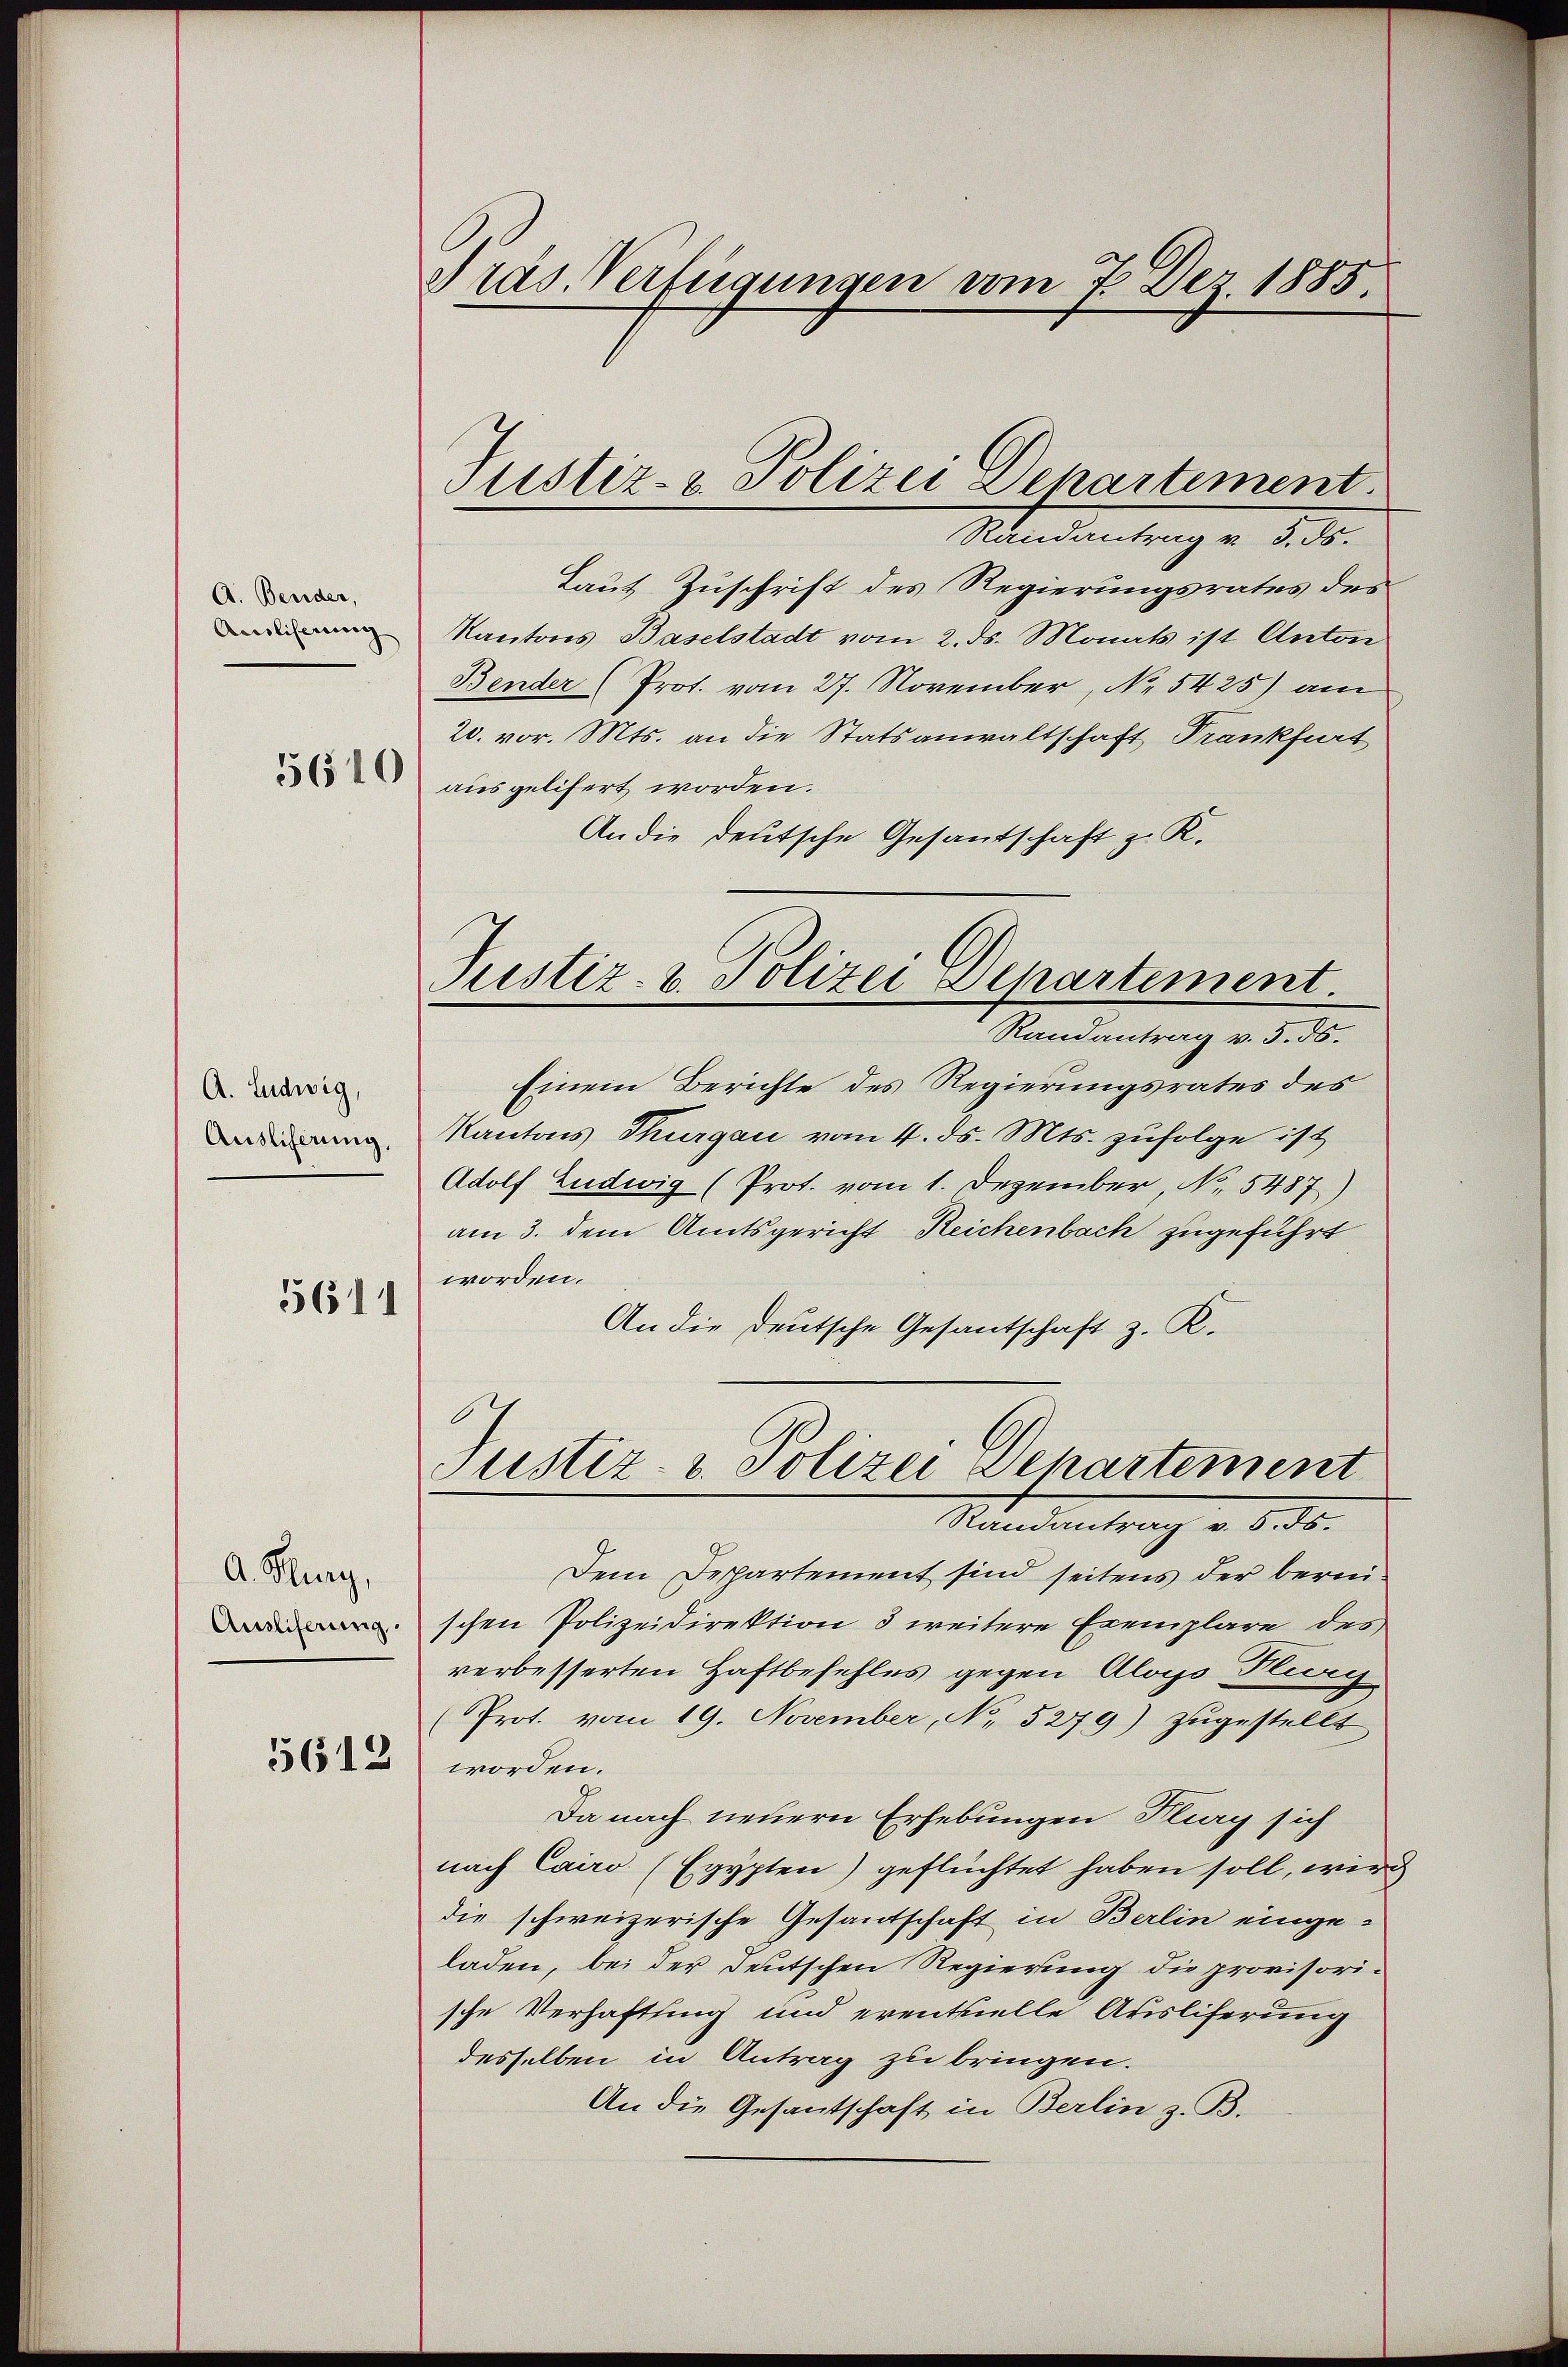
A. Beider,
Aisliserung

5610

A. Ludwig,
Ausliferung,
5611

A. Burg,
Ausliferung.
5612

Präs. Verfügungen vom 7. Dez. 1885.

Justiz- & Polizei Departement.
Randantrag v. 5. ds.

Justiz- u. Polizei Departement.

Laut Zuschrift des Regierungsrates des
Kantons Baselstadt vom 2. ds. Monats ist Anton
Bender (Prot. vom 27. November, No. 5425) am
20. vor. Mts. an die Statsanwaltschaft Frankfurt
aus gelifert worden.
An die deutsche Gesandtschaft z. K.
Randantrag v. 5. 55.
Einem Berichte des Regierungsrates des
Kantons Thurgau vom 4. ds. Mts. zufolge ist
Adolf Ludwig (Prot. vom 1. Dezember, N. 5487)
am 3. dem Amtsgericht Reichenbach zugeführt
worden.
An die Deutsche Gesantschaft z. K.
Justiz- u. Polizei Departement
Standentrag v. 6. d.
Dem Departement sind seitens der bereischen Polizeidirektion 3 weitere Exemplare des
verbesserten Haftbefehles gegen Aloys Flieg
(Prot. vom 19. November, No. 5279) zugestellt
worden.
Da nach neuern Erhebungen Kling sich
nach Cairo (Egypten) geflüchtet haben soll, wir
die schweizerische Gesantschaft in Berlin eingeladen, bei der Deutschen Regierung die provisorische Verhaftung und eventuelle Ausliferung
desselben in Antrag zu bringen.
An die Gesantschaft in Berlin z. B.